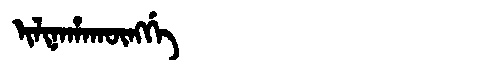
Manchu: ᡳᠯᡳᠨᠠᡥᠠᡴᡡᠩᡤᡝ
Romanization: ILINAHAKŪNGGE